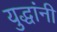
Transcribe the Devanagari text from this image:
युद्धांनी